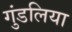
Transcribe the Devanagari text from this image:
गुंडलिया